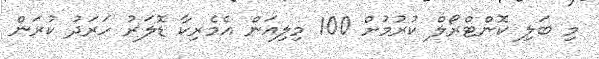
މި ބަލި ކޮންޓްރޯލް ކުރުމުށް 100 މިލިއަން އެމެރިކާ ޑޮލަރު ހަރަދު ކުރަން